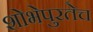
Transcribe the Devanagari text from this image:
शोभेपुरतेच